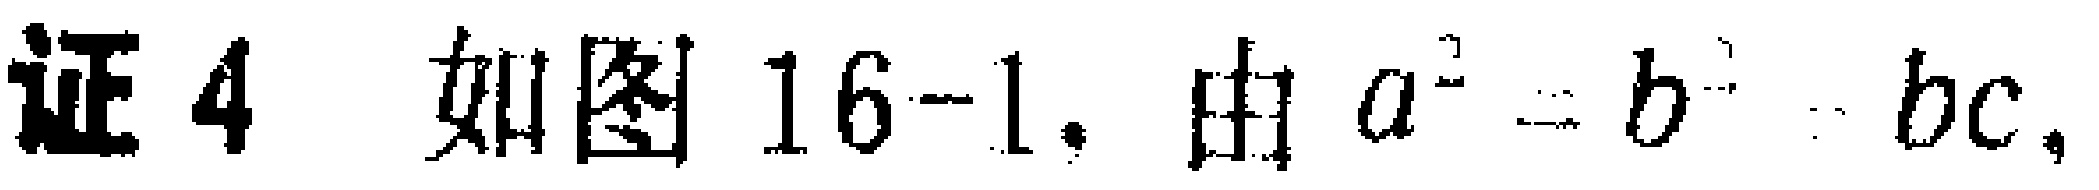
证4 如图16-1. 由$a^{2}=b^{2}+bc,$